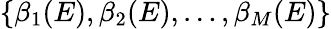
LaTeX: \{ \beta_{1}(E),\beta_{2}(E),\dots,\beta_{M}(E)\}